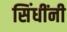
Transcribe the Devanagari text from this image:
सिंधींनी